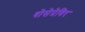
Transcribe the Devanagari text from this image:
बोसेप्रेविर